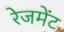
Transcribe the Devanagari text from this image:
रेजमेंट